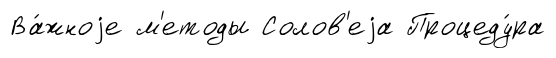
Ва́жноjе м'етоды Солов'еjа Процеду́ра